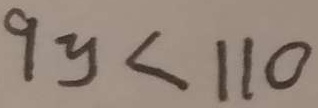
9 y < 1 1 0